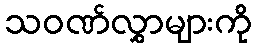
သဝဏ်လွှာများကို